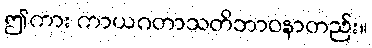
ဤကား ကာယဂတာသတိဘာဝနာတည်း။